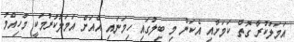
އަމަލުކުރާ ގޮތް ކަމަށާއި އެކަން މި ބިލުގައި ހިމަނައި އެއަށް އަމަލުކުރުމަކީ މުހިއްމު